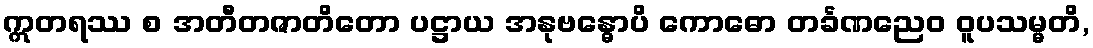
ဣတရဿ စ အတီတဇာတိတော ပဋ္ဌာယ အနုဗန္ဓောပိ ကောဓော တင်္ခဏညေဝ ဝူပသမ္မတိ,